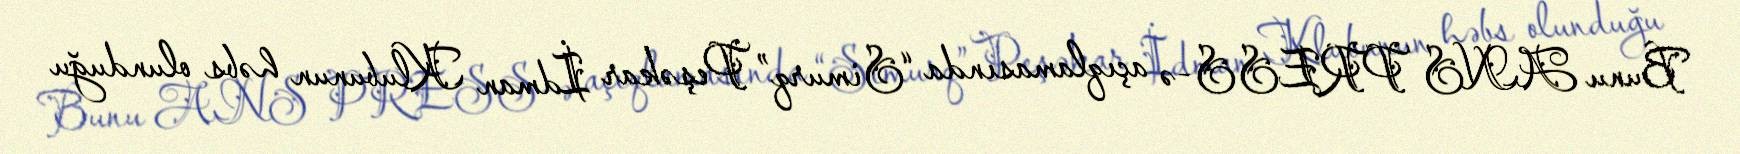
Bunu ANS PRESS-ə açıqlamasında “Simurq” Peşəkar İdman Klubunun həbs olunduğu